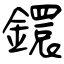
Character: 鐶